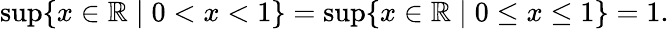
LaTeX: \operatorname*{sup}\{ x\in\mathbb{R}\mid 0<x<1\} =\operatorname*{sup}\{ x\in\mathbb{R}\mid 0\leq x\leq 1\} =1.